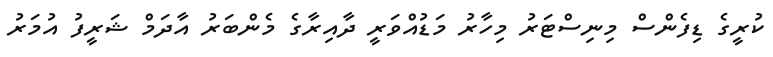
ކުރީގެ ޑިފެންސް މިނިސްޓަރު މިހާރު މަޑުއްވަރީ ދާއިރާގެ މެންބަރު އާދަމް ޝަރީފު އުމަރު